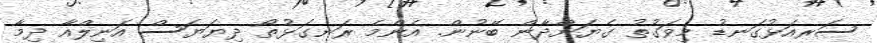
ސަރއަޅުގަނޑު މިވަގުތު ގެޔަށްދާން ބޭނުން. އެންމެ ރަނގަޅުތޯ ދިޔަޔަސް އަނިލްއާ ދިމާ